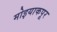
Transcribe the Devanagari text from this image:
मोइयाकपूर